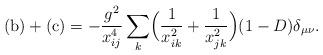
LaTeX: \begin{align*}\mbox{(b)} + \mbox{(c)} = -\frac{g^{2}}{x_{ij}^4}\sum_{k} \Bigl( \frac{1}{x_{ik}^2} + \frac{1}{x_{jk}^2} \Bigr)(1-D)\delta_{\mu\nu}.\end{align*}